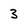
Character: 3